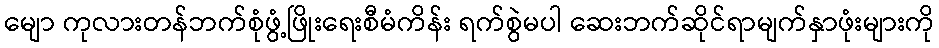
မျော ကုလားတန်ဘက်စုံဖွံ့ဖြိုးရေးစီမံကိန်း ရက်စွဲမပါ ဆေးဘက်ဆိုင်ရာမျက်နှာဖုံးများကို